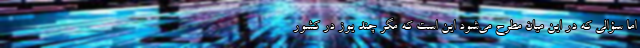
اما سؤالی که در این میان مطرح می‌شود این است که مگر چند یوز در کشور